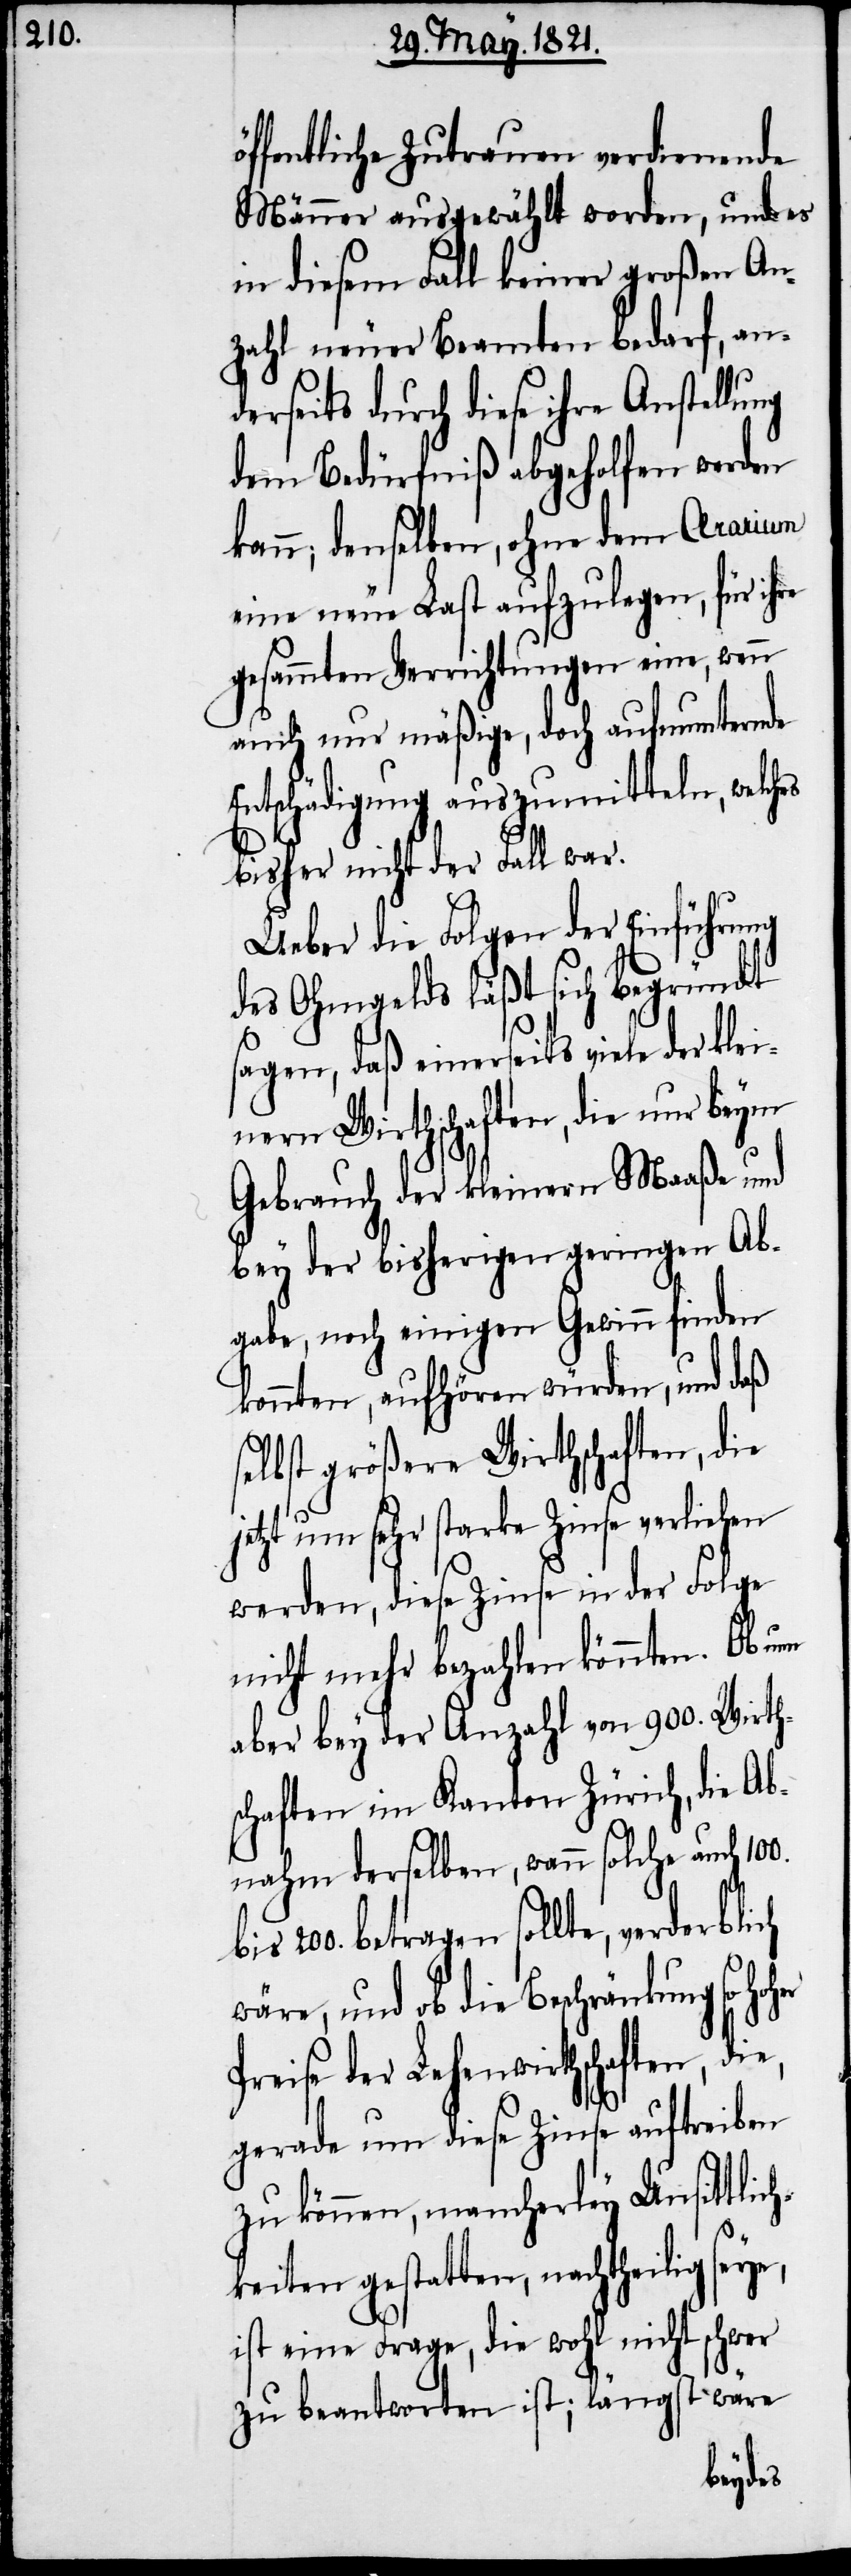
öffentliche Zutrauen verdienende
Männer ausgewählt worden, und es
in diesem Fall keiner großen An¬
zahl neuer Beamten bedarf, an¬
derseits durch diese ihre
dem Bedürfniß abgeholfen werden
kann; denselben, ohne dem Ærarium
eine neue Last aufzulegen, für ihre
gesammten Verrichtungen eine, wenn
auch nur mäßige, doch aufmunternde
Entschädigung auszumitteln, welches
bisher nicht der Fall war.
Ueber die Folgen der Einführung
des Ohmgelds läßt sich begründet
sagen, daß einerseits viele der klei¬
nern Wirthschaften, die nur beym
Gebrauch der kleinern Maaße und
bey der bisherigen geringen Ab¬
gabe, noch einigen Gewinn finden
könnten, aufhören würden, und daß
selbst größere Wirthschaften, die
jetzt um sehr starke Zinse verliehen
werden, diese Zinse in der Folge
nicht mehr bezahlen könnten. Ob nun
aber bey der Anzahl von 900. Wirth¬
schaften im Kanton Zürich, die Ab¬
nahme derselben, wann solche auch 100.
bis 200. betragen sollte, verderblich
wäre, und ob die Beschränkung so
Preise der Lehenwirthschaften,
gerade um diese Zinse auftreiben
zu können, mancherley Unsittlich¬
keiten gestatten, nachtheilig seye,
ist eine Frage, die wohl nicht schwer
zu beantworten ist; längst wäre